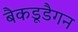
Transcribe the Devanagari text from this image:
बैकडूडैगन